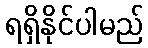
ရရှိနိုင်ပါမည်